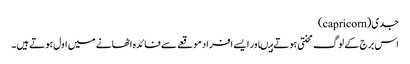
جدی(capricorn)
اس برج کے لوگ محنتی ہوتے ہیںاور ایسے افراد موقعے سے فائدہ اٹھانے میں اول ہوتے ہیں۔